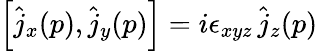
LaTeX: \left[\hat{j}_{x}(p),\hat{j}_{y}(p)\right]=i\epsilon_{xyz}\, \hat{j}_{z}(p)